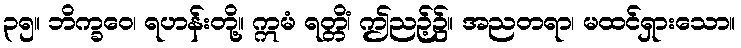
၃၅။ ဘိက္ခဝေ၊ ရဟန်းတို့။ ဣမံ ရတ္တိံ၊ ဤညဉ့်၌။ အညတရာ၊ မထင်ရှားသော။